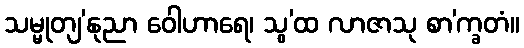
သမ္မုတျ’နုညာ ဝေါဟာရေ၊ သွ’ထ လာဇာသု စာ’က္ခတံ။